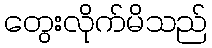
တွေးလိုက်မိသည်